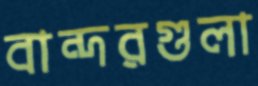
বান্দরগুলা